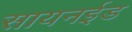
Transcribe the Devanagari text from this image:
सायनईड